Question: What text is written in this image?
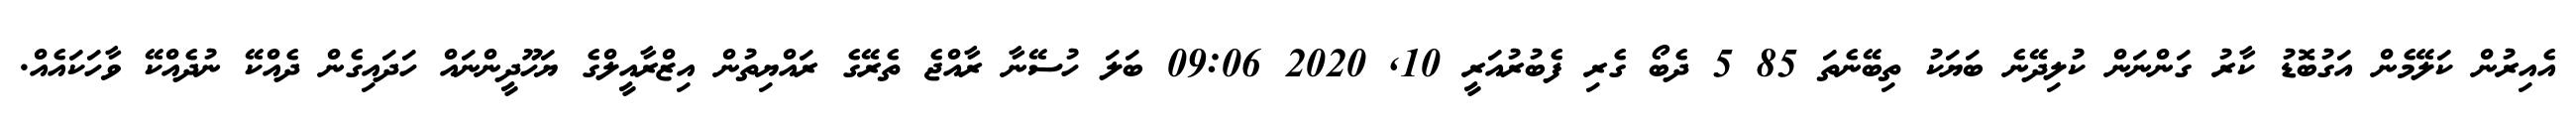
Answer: އެއިރުން ކަލޭމެން އަގުބޮޑު ކާރު ގަންނަން ކުލިދޭނެ ބަޔަކު ތިބޭނެތަ 85 5 ދެބޯ ގެރި ފެބުރުއަރީ 10, 2020 09:06 ބަލަ ހުސޭނާ ރާއްޖެ ތެރޭގެ ރައްޔިތުން އިޒްރާއީލްގެ ޔަހޫދީންނައް ހަދައިގެން ދެއްކޭ ނުދެއްކޭ ވާހަކައެއް.